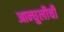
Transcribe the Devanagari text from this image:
आन्घुलीची